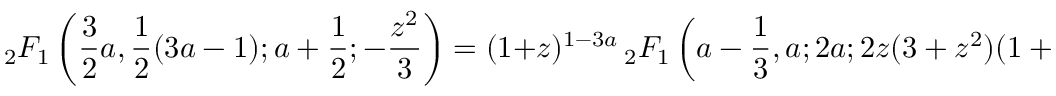
{ } _ { 2 } F _ { 1 } \left( { \frac { 3 } { 2 } } a , { \frac { 1 } { 2 } } ( 3 a - 1 ) ; a + { \frac { 1 } { 2 } } ; - { \frac { z ^ { 2 } } { 3 } } \right) = ( 1 + z ) ^ { 1 - 3 a } \, { } _ { 2 } F _ { 1 } \left( a - { \frac { 1 } { 3 } } , a ; 2 a ; 2 z ( 3 + z ^ { 2 } ) ( 1 + z ) ^ { - 3 } \right)